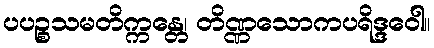
ပပဉ္စသမတိက္ကန္တေ၊ တိဏ္ဏသောကပရိဒ္ဒဝေါ။